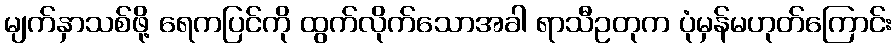
မျက်နှာသစ်ဖို့ ရေကပြင်ကို ထွက်လိုက်သောအခါ ရာသီဥတုက ပုံမှန်မဟုတ်ကြောင်း